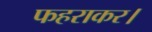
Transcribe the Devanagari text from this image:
फहराकर।